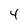
Character: 4